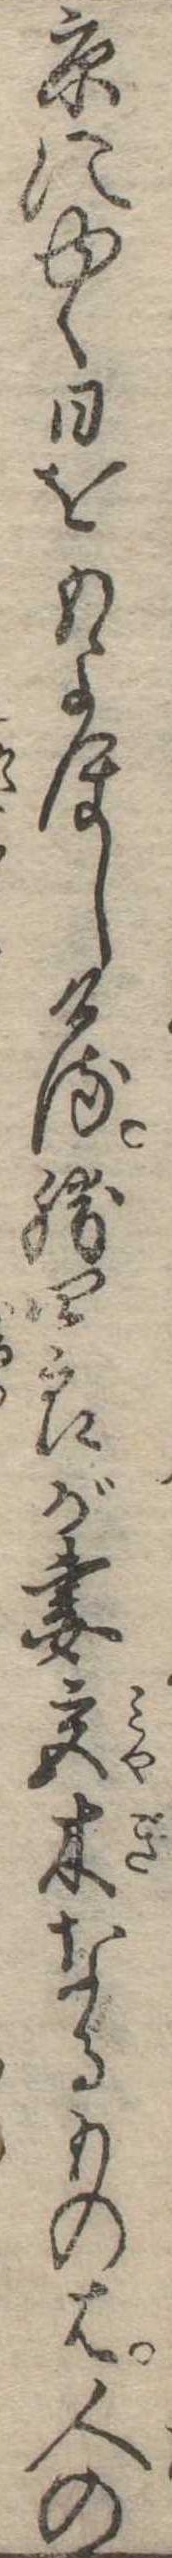
京にゆく日をもよほしける勝四郎が妻宮木なるものは人の